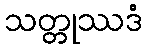
သတ္တုဿဒံ